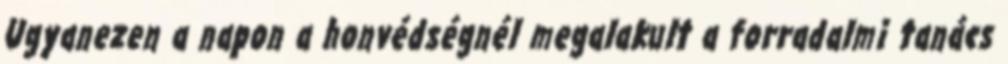
Ugyanezen a napon a honvédségnél megalakult a forradalmi tanács